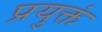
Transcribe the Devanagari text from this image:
प्रयुक्तं